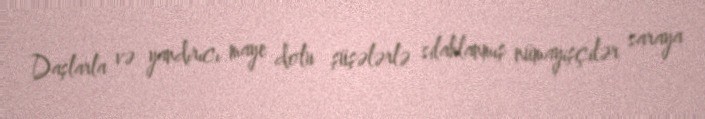
Daşlarla və yandırıcı maye dolu şüşələrlə silahlanmış nümayişçilər saraya